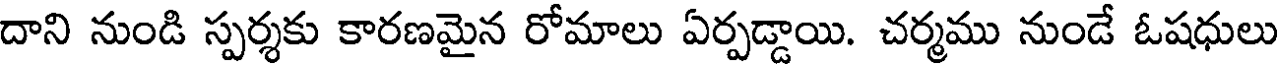
దాని నుండి స్పర్శకు కారణమైన రోమాలు ఏర్పడ్డాయి. చర్మము నుండే ఓషధులు